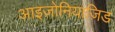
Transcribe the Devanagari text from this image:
आइज़ोनियाज़िड